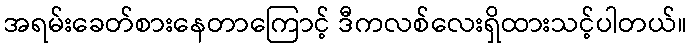
အရမ်းခေတ်စားနေတာကြောင့် ဒီကလစ်လေးရှိထားသင့်ပါတယ်။